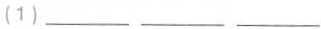
（1）___ ___ ___